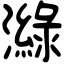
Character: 𤀼